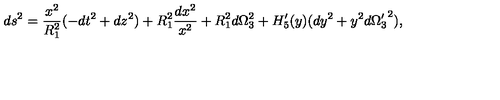
d s ^ { 2 } = { \frac { x ^ { 2 } } { R _ { 1 } ^ { 2 } } } ( - d t ^ { 2 } + d z ^ { 2 } ) + R _ { 1 } ^ { 2 } { \frac { d x ^ { 2 } } { x ^ { 2 } } } + R _ { 1 } ^ { 2 } d \Omega _ { 3 } ^ { 2 } + H _ { 5 } ^ { \prime } ( y ) ( d y ^ { 2 } + y ^ { 2 } d { \Omega _ { 3 } ^ { \prime } } ^ { 2 } ) ,